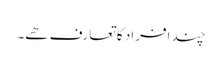
چند افراد کا تعارف ھے۔